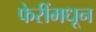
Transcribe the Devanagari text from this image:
फेरींमधून